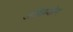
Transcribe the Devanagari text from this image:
अग्निप्रयोग